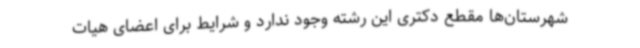
شهرستان‌ها مقطع دکتری این رشته وجود ندارد و شرایط برای اعضای هیات